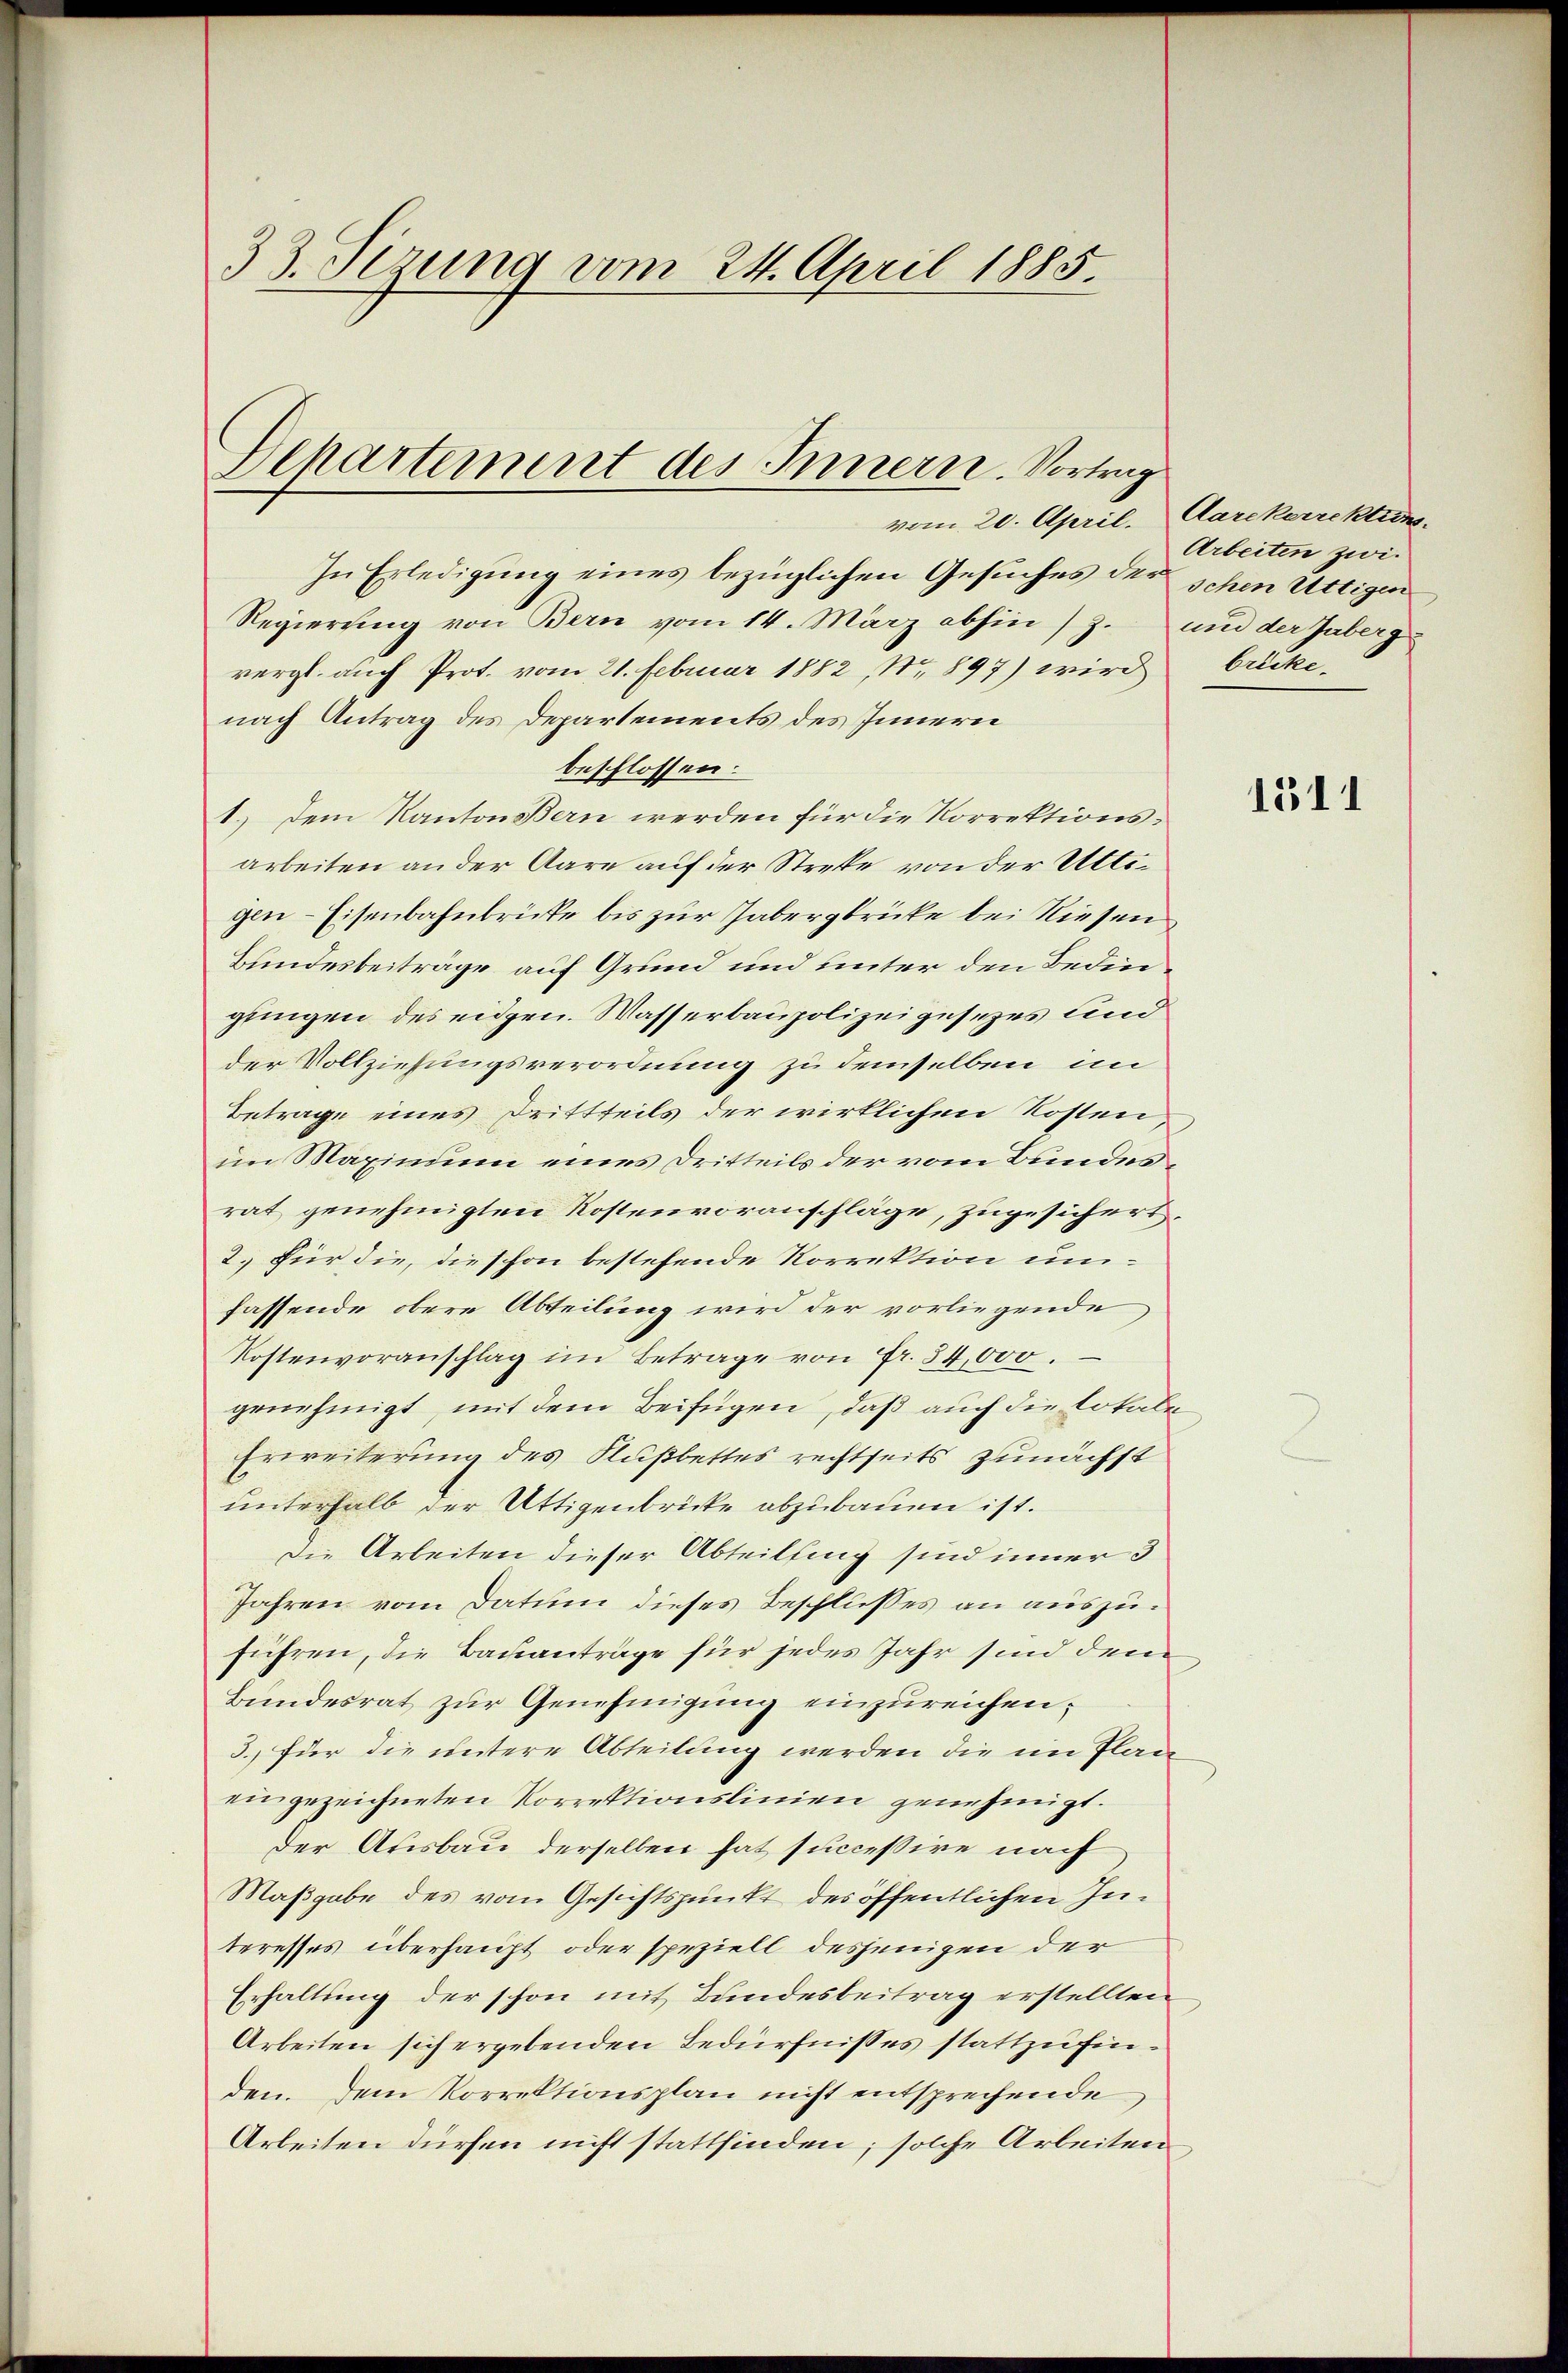
33. Tizung vom 24. April 1885.

Departement des Innern. Vortrag
vom 20. April. Aarekerrektun.

In Erledigung eines bezüglichen Gesuches der schen Uttigen
Regierung von Bern vom 14. März abhin (Z. und der Jaberg
vergl. auch Prot. vom 21. Februar 1882, Nr. 897) wird bricke-
nach Antrag des Departements des Innern
beschlossen:
1.) Dem Kanton Bern werden für die Korrektionsarbeiten an der Aare auf der Strete von der Uttigen-Eisenbahnbrücke bis zur Jabergbrücke bei Riesen
Bundesbeiträge auf Grund und unter den Bedingungen des eidgen. Wasserbaupolizeigesezes sind
der Vollziehungsverordnung zu demselben im
Betrage eines Drittteils der wirklichen Kosten,
im Maximum eines Dritteils der vom Bundesrat genehmigten Kostenvoranschläge, zugesichert.
2.) Für die, die schon bestehende Korrektion umfassende obere Abteilung wird der vorliegende
Kostenvoranschlag im Betrage von Fr. 34,000.
genehmigt, mit dem Beifügen, daß auch die Lokale
Erweiterung des Kußbettes rechtseits zunächst
unterhalb der Uttigenbrücke abzubauen ist.
Die Arbeiten dieser Abteilfing sind inner 3
Jahren vom Datum dieses Beschlusses an auszuführen, die Bauanträge für jedes Jahr sind dem
Bundesrat zur Genehmigung einzureichen.
3. für die untere Abteilung werden die im Plan
ein gezeichneten Vorrektionslinien genehmigt.
der Ausbau derselben hat successire nach
Maßgabe des vom Gesichtspunkt des öffentlichen Interesses überhaupt oder speziell desjenigen der
Erhaltung der schon mit Bundesbeitrag erstellten
Arbeiten sich ergebenden Bedürfnisses stattzufinden. Dem Vorrektionsplan nicht entsprechende
Arbeiten dürfen nicht stattfinden; solche Arbeiten

Arbeiten zwi¬

1511